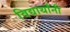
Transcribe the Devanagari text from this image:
विद्यार्थांनी